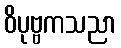
ဝိပုဗ္ဗကသညာ